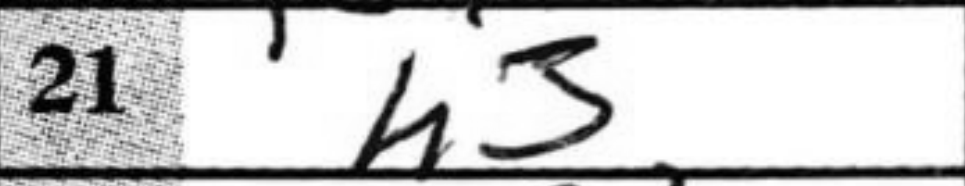
Transcription: h3